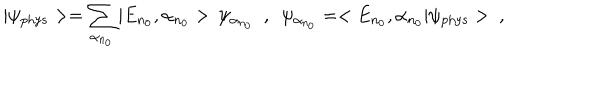
LaTeX: | \psi _ { \mathrm { p h y s } } > = \sum _ { \alpha _ { n _ { 0 } } } | E _ { n _ { 0 } } , \alpha _ { n _ { 0 } } > \, \psi _ { \alpha _ { n _ { 0 } } } \ \ , \ \ \psi _ { \alpha _ { n _ { 0 } } } = < E _ { n _ { 0 } } , \alpha _ { n _ { 0 } } | \psi _ { \mathrm { p h y s } } > \ ,